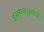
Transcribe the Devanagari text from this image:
इस्लामपूरमध्ये